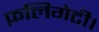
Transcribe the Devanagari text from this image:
फ़लिगेटी।